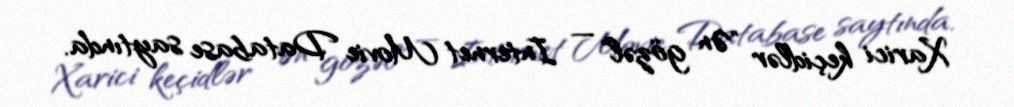
Xarici keçidlər "Ən gözəl" — Internet Movie Database saytında.